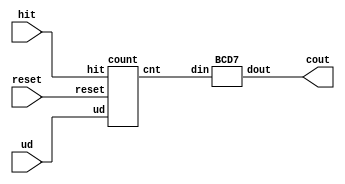
module add_dec(hit,cout,reset,ud);
  input hit;
  input reset; 
  input ud;
  output [6:0] cout;
  
  wire [3:0] cnt;
  BCD7 U0(.din(cnt),.dout(cout));
  count U1(.reset(reset),.hit(hit),.cnt(cnt),.ud(ud));
endmodule

module BCD7(din,dout);
  input  [3:0] din;
  output [6:0] dout;
  
  assign dout=(din==4'h0)?7'b1000000:
             (din==4'h1)?7'b1111001:
             (din==4'h2)?7'b0100100:
             (din==4'h3)?7'b0110000:
             (din==4'h4)?7'b0011001:
             (din==4'h5)?7'b0010010:
             (din==4'h6)?7'b0000010:
             (din==4'h7)?7'b1111000:
             (din==4'h8)?7'b0000000:
             (din==4'h9)?7'b0010000:
             (din==4'hA)?7'b0001000:
             (din==4'hB)?7'b0000011:
             (din==4'hC)?7'b1000110:
             (din==4'hD)?7'b0100001:
             (din==4'hE)?7'b0000110:
             (din==4'hF)?7'b0001110:7'b0;
endmodule
           
module count(hit,reset,cnt,ud);
  input hit;
  input reset;
  input ud;
  output [3:0] cnt;
  reg [3:0] cnt;
  always@(negedge hit or negedge reset)
    begin
      if(~reset) cnt<=4'b0;
      else
        begin
           if(ud)
             begin
                   if(~hit)
                    begin
                     if(cnt==4'b1111) cnt=4'b0;
                     else
                       begin
                        if(cnt[1]&cnt[2]&cnt[0]) cnt[3]=~cnt[3];
                        if(cnt[0]&cnt[1]) cnt[2]=~cnt[2];
                        if(cnt[0]) cnt[1]=~cnt[1];
                        cnt[0]=~cnt[0];
                       end
                    end
               end
          else
            begin
             if(~hit)
              begin
                if(cnt==4'b0) cnt=4'b1111;
              else
                begin
                  if(!(cnt[1]||cnt[2]||cnt[0])) cnt[3]=~cnt[3];
                  if(!(cnt[0]||cnt[1])) cnt[2]=~cnt[2];
                  if(!(cnt[0])) cnt[1]=~cnt[1];
                  cnt[0]=~cnt[0];
                end
              end
            end
          end
        end
endmodule